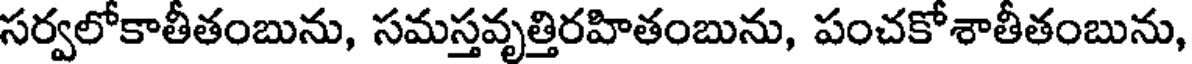
సర్వలోకాతీతంబును, సమస్తవృత్తిరహితంబును, పంచకోశాతీతంబును,